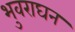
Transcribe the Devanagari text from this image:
भुवराघन